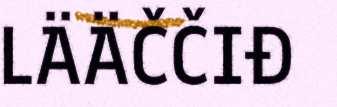
LÄÄČČIĐ